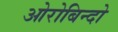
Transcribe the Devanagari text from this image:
ओरोबिन्दो